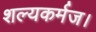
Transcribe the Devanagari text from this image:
शल्यकर्मज।